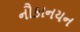
નૌકાનયન